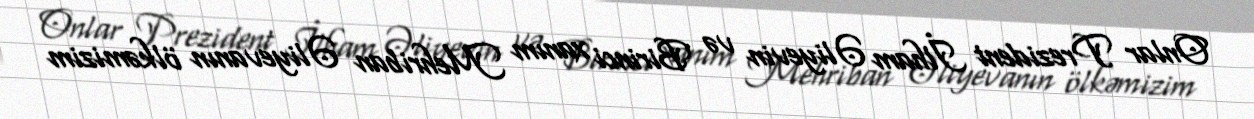
Onlar Prezident İlham Əliyevin və Birinci xanım Mehriban Əliyevanın ölkəmizim